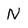
Character: N